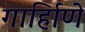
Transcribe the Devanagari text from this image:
गार्हािणे